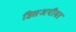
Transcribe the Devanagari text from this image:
डिसअपीयर